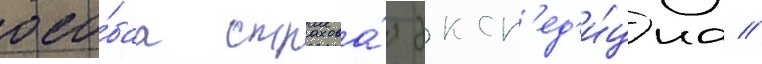
осо́баа страхова́я эксп'ед'и́циа //